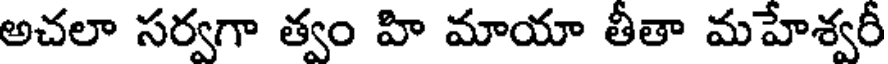
అచలా సర్వగా త్వం హి మాయా తీతా మహేశ్వరీ